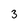
Character: 3